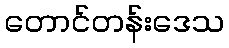
တောင်တန်းဒေသ